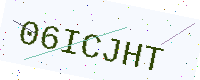
Text: 06ICJHT